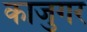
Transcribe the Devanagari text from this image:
काजुगर